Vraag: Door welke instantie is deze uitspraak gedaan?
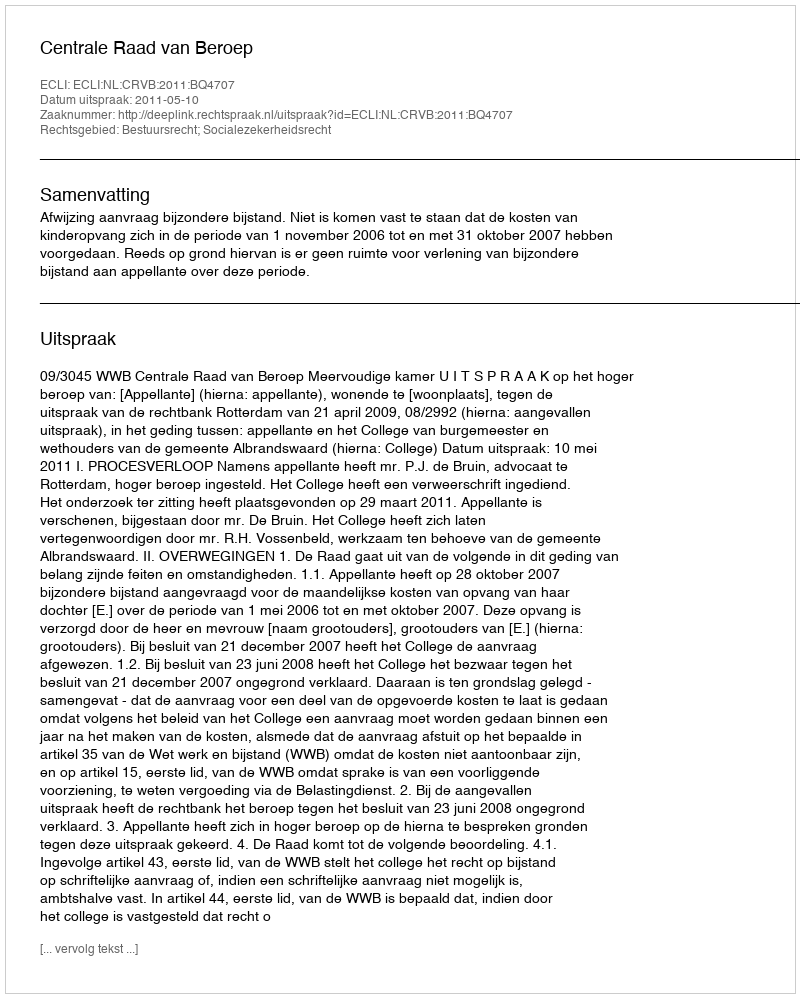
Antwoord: Centrale Raad van Beroep